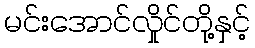
မင်းအောင်လှိုင်တို့နှင့်